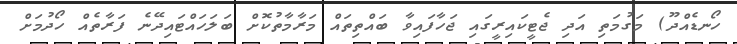
ހޯނޑެއްދޫ) މަގުމަތި އަދި ޖެޓީކައިރީގައި ޖަހާފައިވާ ބައްތިތައް މަރާމާތުކޮށް ބަލަހައްޓައިދޭނެ ފަރާތެއް ހޯދުމަށް